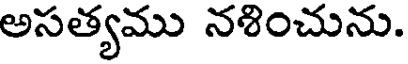
అసత్యము నళించును.